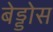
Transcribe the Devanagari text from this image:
बेड्डोस